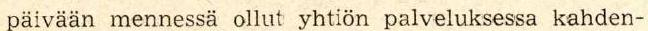
päivään mennessä ollut yhtiön palveluksessa kahden-